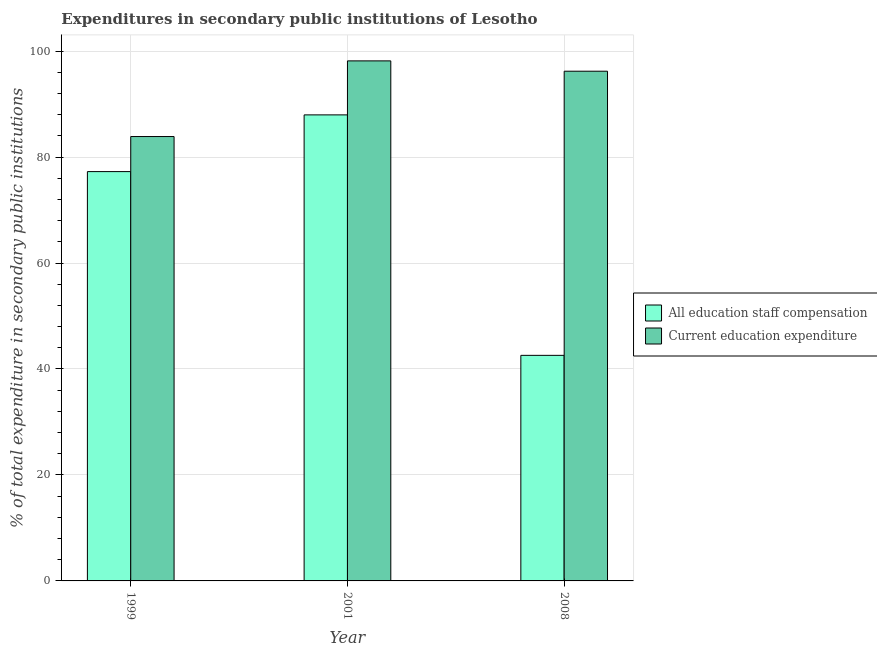
| Year | All education staff compensation | Current education expenditure |
 | --- | --- | --- |
 | 1999 | 77.3 | 83.9 |
 | 2001 | 88 | 98.2 |
 | 2008 | 42.6 | 96.2 |